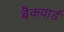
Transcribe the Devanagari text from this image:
बैकवार्ड